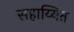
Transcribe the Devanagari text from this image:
सहाय्यित